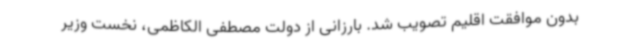
بدون موافقت اقلیم تصویب شد. بارزانی از دولت مصطفی الکاظمی، نخست وزیر